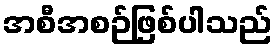
အစီအစဉ်ဖြစ်ပါသည်